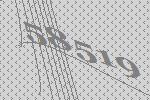
58519